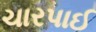
ચારપાઈ